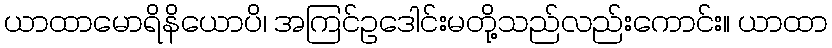
ယာထာမောရိနိယောပိ၊ အကြင်ဥဒေါင်းမတို့သည်လည်းကောင်း။ ယာထာ